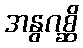
အနွဂစ္ဆိ